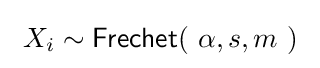
\ X_{i}\sim {\textsf {Frechet}}(\ \alpha ,s,m\ )\